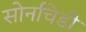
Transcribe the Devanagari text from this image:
सोनचिडी